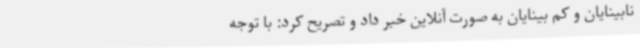
نابینایان و کم بینایان به صورت آنلاین خبر داد و تصریح کرد: با توجه